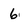
Character: 6